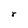
Character: r